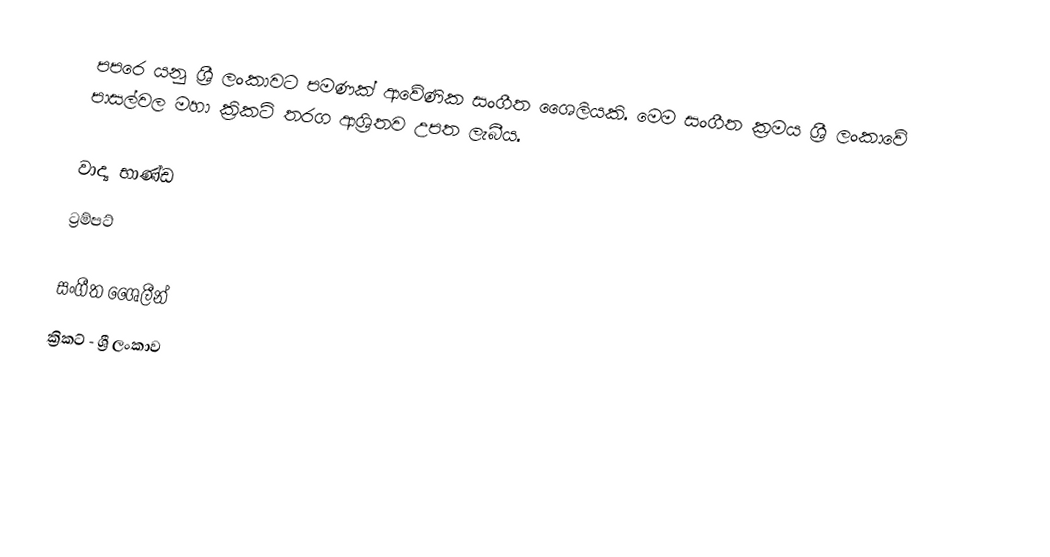
පපරෙ යනු ශ්‍රී ලංකාවට පමණක් ආවේණික සංගීත ශෛලියකි. මෙම සංගීත ක්‍රම‍ය ශ්‍රී ලංකාවේ පාසල්වල මහා ක්‍රිකට් තරග ආශ්‍රිතව උපත ලැබීය.

වාද්‍ය භාණ්ඩ
 ට්‍රම්පට්

සංගීත ශෛලීන්
ක්‍රිකට් - ශ්‍රී ලංකාව